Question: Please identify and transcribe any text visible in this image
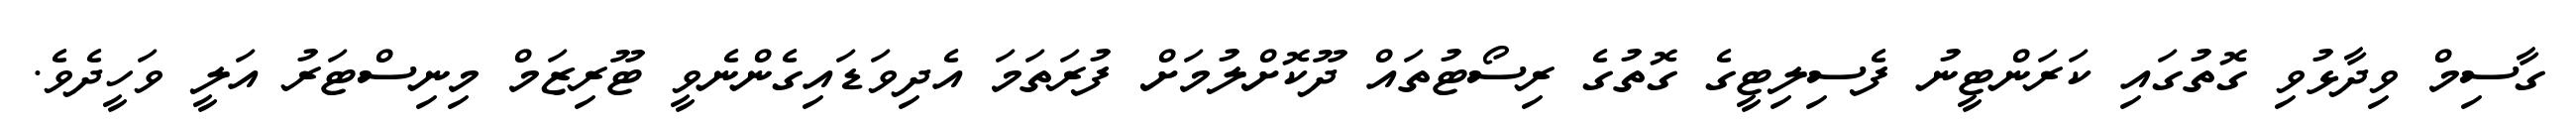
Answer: ގާސިމް ވިދާޅުވި ގޮތުގައި ކަރަންޓީނު ފެސިލިޓީގެ ގޮތުގެ ރިސޯޓުތައް ދޫކޮށްލުމަށް ފުރަތަމަ އެދިވަޑައިގެންނެވީ ޓޫރިޒަމް މިނިސްޓަރު އަލީ ވަހީދެވެ.